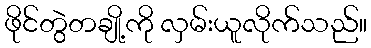
ဖိုင်တွဲတချို့ကို လှမ်းယူလိုက်သည်။